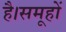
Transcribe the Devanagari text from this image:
है।समूहों